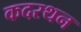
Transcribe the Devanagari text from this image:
कदरथन